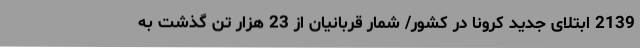
2139 ابتلای جدید کرونا در کشور/ شمار قربانیان از 23 هزار تن گذشت به